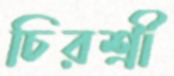
চিরশ্রী